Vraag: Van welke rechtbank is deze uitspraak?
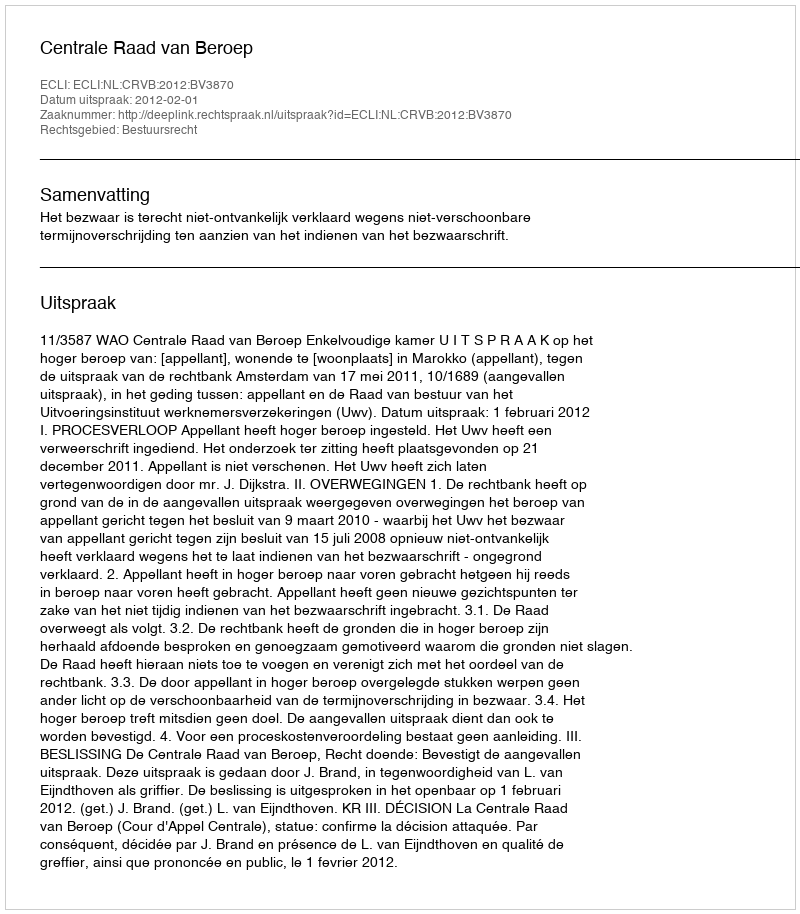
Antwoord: Centrale Raad van Beroep